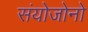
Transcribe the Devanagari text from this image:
संयोजोनो